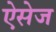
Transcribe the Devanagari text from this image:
ऐसेज